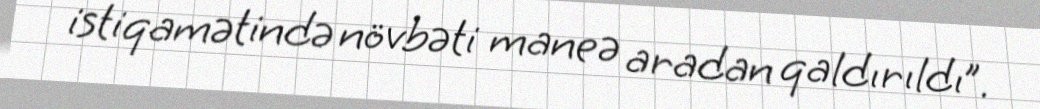
istiqamətində növbəti maneə aradan qaldırıldı”.